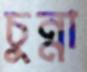
চুন্না